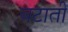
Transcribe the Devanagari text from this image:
बटाती